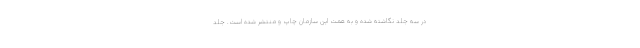
در سه جلد نگاشته شده و به همت این سازمان چاپ و منتشر شده است. جلد